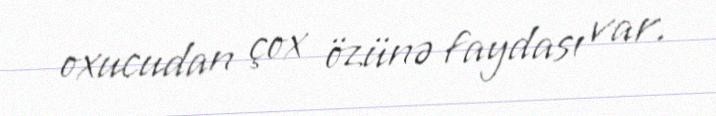
oxucudan çox özünə faydası var.